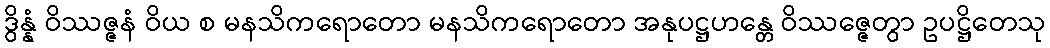
ဒွိန္နံ ဝိဿဇ္ဇနံ ဝိယ စ မနသိကရောတော မနသိကရောတော အနုပဋ္ဌဟန္တေ ဝိဿဇ္ဇေတွာ ဥပဋ္ဌိတေသု